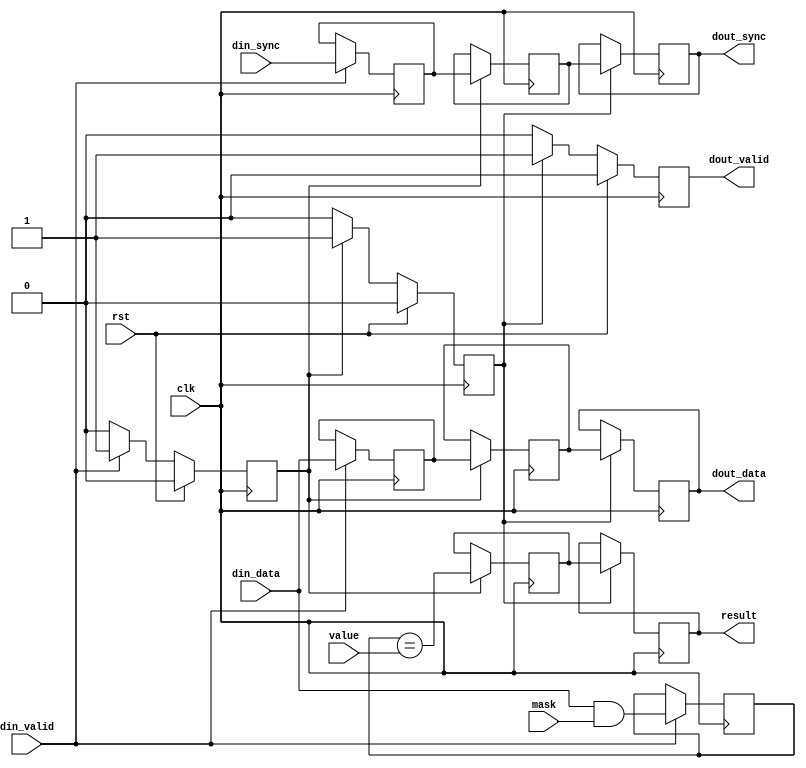
// Copyright 2019 Google LLC
//
// Licensed under the Apache License, Version 2.0 (the "License");
// you may not use this file except in compliance with the License.
// You may obtain a copy of the License at
//
//     https://www.apache.org/licenses/LICENSE-2.0
//
// Unless required by applicable law or agreed to in writing, software
// distributed under the License is distributed on an "AS IS" BASIS,
// WITHOUT WARRANTIES OR CONDITIONS OF ANY KIND, either express or implied.
// See the License for the specific language governing permissions and
// limitations under the License.
//
// -----------------------------------------------------------------------------
// Mask and Compare
// -----------------------------------------------------------------------------
// Performs a mask and compare over a few pipeline stages. The input data is
// delayed to match the pipeline latency.
// -----------------------------------------------------------------------------
module mask_compare #(
  parameter DataBits = 32,
  parameter SyncBits = 1)
(
  input                     clk,
  input                     rst,
  //
  input                     din_valid,
  input [DataBits-1:0]      din_data,
  input [DataBits-1:0]      mask,
  input [DataBits-1:0]      value,
  input [SyncBits-1:0]      din_sync,
  //
  output reg                dout_valid,
  output reg [DataBits-1:0] dout_data,
  output reg                result,
  output reg [SyncBits-1:0] dout_sync
);

  // break up comparisons into 32-bit sets
  localparam CompSets = (DataBits + 31) / 32;

  reg                   mask_valid, comp_valid;
  reg [DataBits-1:0]    pipe_data[0:1];
  reg [SyncBits-1:0]    pipe_sync[0:1];
  reg [DataBits-1:0]    mask_result;
  reg [CompSets-1:0]    comp_result;

  // pad out to a multiple of 32 bits
  wire [CompSets*32-1:0] mask_result_pad = mask_result;
  wire [CompSets*32-1:0] value_pad       = value;

  integer i;
  always @(posedge clk) begin

    // defaults
    mask_valid <= 0;
    comp_valid <= 0;
    dout_valid <= 0;

    // Stage 1: apply mask
    if (din_valid) begin
      mask_valid   <= 1;
      pipe_data[0] <= din_data;
      pipe_sync[0] <= din_sync;
      mask_result  <= din_data & mask;
    end

    // Stage 2: compare in sets of 32-bits
    if (mask_valid) begin
      comp_valid <= 1;
      pipe_data[1] <= pipe_data[0];
      pipe_sync[1] <= pipe_sync[0];
      for (i=0; i < CompSets; i=i+1) begin
        comp_result[i] <= (mask_result_pad[32*i +: 32] == value_pad[32*i +: 32]);
      end
    end

    // Stage 3: and-reduce comparison results
    if (comp_valid) begin
      dout_valid <= 1;
      dout_data  <= pipe_data[1];
      dout_sync  <= pipe_sync[1];
      result     <= &comp_result;
    end

    if (rst) begin
      mask_valid <= 0;
      comp_valid <= 0;
      dout_valid <= 0;
    end
  end

endmodule